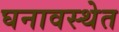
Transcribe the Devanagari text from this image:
घनावस्थेत